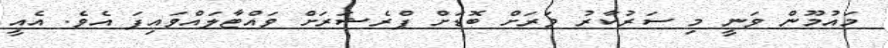
މައުމޫން ވަނީ މި ސަރުކާރު ވަރަށް ބޮޑަށް ޕްރެޝަރަށް ވައްޓާލައްވައިފަ އެވެ. އެއީ